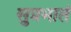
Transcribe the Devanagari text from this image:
सुप्रभातं